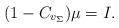
LaTeX: \begin{align*}(1 - C_{v_\Sigma}) \mu = I .\end{align*}